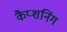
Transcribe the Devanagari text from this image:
कैप्शनिंग